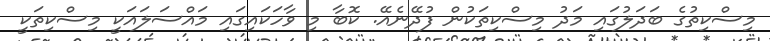
މިސްކިތުގެ ބަދަލުގައި މަދު މިސްކިތަކުން ފުދޭނެއޭ. ކޮބާ މި ވާހަކައިގައި މައްސަލައަކީ މިސްކިތަކީ